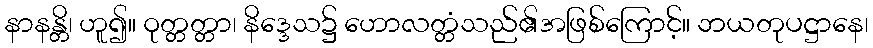
နာနန္တိ၊ ဟူ၍။ ဝုတ္တတ္တာ၊ နိဒ္ဒေသ၌ ဟောလတ္တံသည်၏အဖြစ်ကြောင့်။ ဘယတုပဋ္ဌာနေ၊